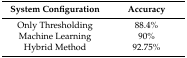
<table><thead><tr><td><b>System Configuration</b></td><td><b>Accuracy</b></td></tr></thead><tbody><tr><td>Only Thresholding</td><td>88.4%</td></tr><tr><td>Machine Learning</td><td>90%</td></tr><tr><td>Hybrid Method</td><td>92.75%</td></tr></tbody></table>